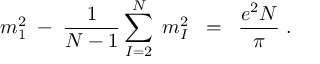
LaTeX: m _ { 1 } ^ { 2 } \; - \; \frac { 1 } { N - 1 } \sum _ { I = 2 } ^ { N } \; m _ { I } ^ { 2 } \; \; = \; \; \frac { e ^ { 2 } N } { \pi } \; .